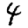
Digit: 4